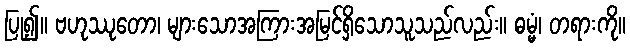
ပြု၍။ ဗဟုဿုတော၊ များသောအကြားအမြင်ရှိသောသူသည်လည်း။ ဓမ္မံ၊ တရားကို။